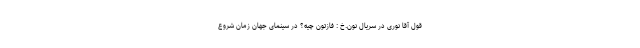
قول آقا نوری در سریال نون.خ : فازتون چیه؟ در سینمای جهان زمان شروع